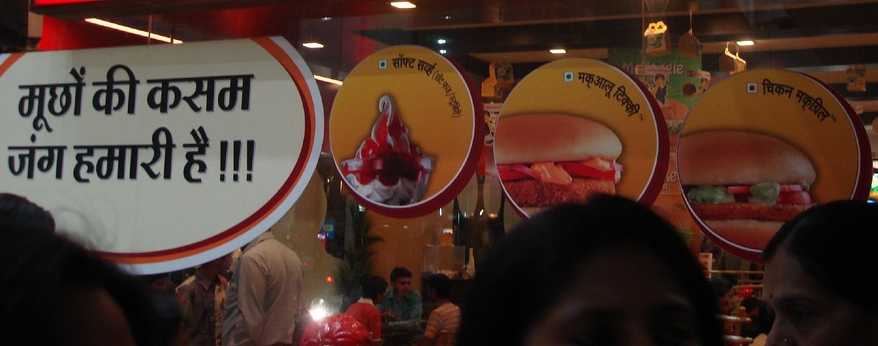
Language: hindi
Transcription: सॉप्ट मूछों मकग्रिल चिकन टिक्की जंग की कसम हमारी